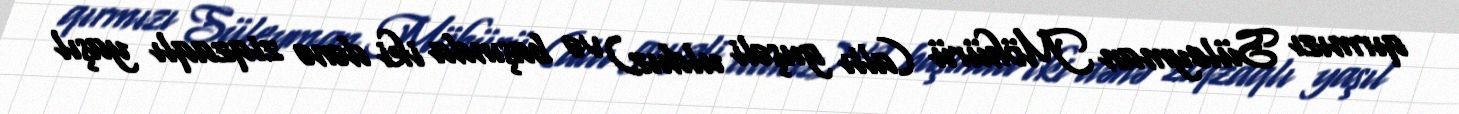
qırmızı Süleyman Möhürü (altı guşəli ulduz) və başında iki dənə ziqzaqlı yaşıl